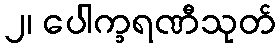
၂၊ ပေါက္ခရဏီသုတ်